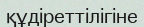
құдіреттілігіне